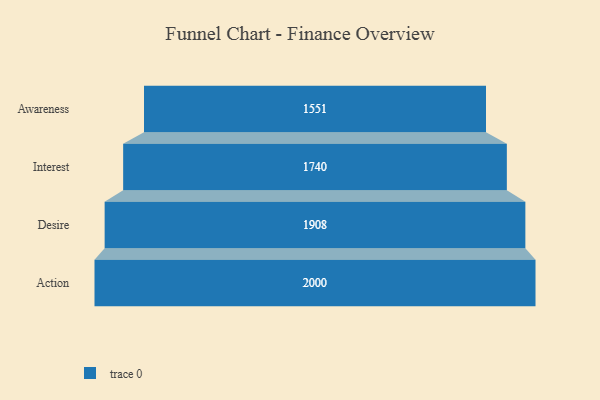
{"axis": {"x": "Stage", "y": "Value"}, "legend": [""], "data": [{"x": "Awareness", "y": 1551.0, "type": ""}, {"x": "Interest", "y": 1740.0, "type": ""}, {"x": "Desire", "y": 1908.0, "type": ""}, {"x": "Action", "y": 2000, "type": ""}]}